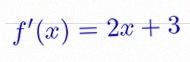
f'(x)=2x+3